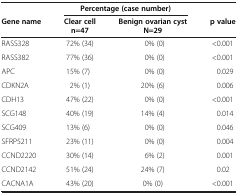
|  | <COLSPAN=2> Percentage (case number) |  |
 | Gene name | Clear cell | Benign ovarian cyst | p value |
 |  | n=47 | N=29 |  |
 | --- | --- | --- | --- |
 | RASS328 | 72% (34) | 0% (0) | <0.001 |
 | RASS382 | 77% (36) | 0% (0) | <0.001 |
 | APC | 15% (7) | 0% (0) | 0.029 |
 | CDKN2A | 2% (1) | 20% (6) | 0.006 |
 | CDH13 | 47% (22) | 0% (0) | <0.001 |
 | SCG148 | 40% (19) | 14% (4) | 0.014 |
 | SCG409 | 13% (6) | 0% (0) | 0.046 |
 | SFRP5211 | 23% (11) | 0% (0) | 0.004 |
 | CCND2220 | 30% (14) | 6% (2) | 0.001 |
 | CCND2142 | 51% (24) | 24% (7) | 0.02 |
 | CACNA1A | 43% (20) | 0% (0) | <0.001 |